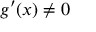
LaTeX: g ^ { \prime } ( x ) \neq 0